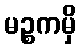
မဉ္စကမှိ